system: You are a helpful assistant.
user:
Analyze the provided spectrum to determine if it is a **Carbon Star (C-type)**.

- **Key Visual Indicators of Carbon Star:**
    - **(Primary):** Strong molecular absorption from **C₂ (diatomic carbon) "Swan Bands."** This is the **defining feature** of a carbon star.
        - **(Key Bandheads):** Sharp absorption edges are visible at approximately $5635$ Å, $5165$ Å (the strongest band), and $4737$ Å.
        - **(Line Profile):** Creates a distinct **"saw-tooth"** pattern. The key morphology is a sharp, steep bandhead on the **red (long-wavelength) side**, which then gradually tapers off (i.e., flux recovers) towards the **blue (short-wavelength) side**. *(This is the direct opposite of the TiO bands seen in M-type stars)*.

    - **(Secondary):** Intense **CN (cyanogen)** molecular absorption bands.
        - **(Key Bandheads):** Located in the blue and violet regions of the spectrum (e.g., near $4215$ Å and $3883$ Å).
        - **(Morphology):** These bands are extremely broad and act as a "blanket," absorbing the vast majority of blue and violet light. This creates a characteristic **"cliff"** or **"steep drop-off"** in the spectrum's flux at short wavelengths.

    - **(Key Confirmation):** Strong **CH absorption band (G-band)**.
        - **(Key Bandhead):** Located around $4300$ Å. The contribution from CH molecules to this band is exceptionally strong.

    - **(Overall Spectrum):**
        - The continuum is severely "chopped up" by these deep molecular bands, especially C₂, rather than appearing as a smooth curve.
        - Due to the heavy CN and C₂ absorption in the blue-green, the vast majority of the star's flux is concentrated in the red part of the spectrum, giving the star its characteristic deep red color.

Think first, call **spectral_visualization_tool** if needed to examine features in detail, then provide your final answer. Your response must adhere to the following strict rules:
1.  **Overall Structure:** Your response must follow the format `<think>...</think> <tool_call>...</tool_call> (if a tool is used) <answer>...</answer>`.
2.  **Tool Usage Constraint:** You may only make **one** tool call per turn.
3.  **Final Answer Format:** In the `<answer>` tag, your conclusion must be inside a `\boxed{}` command (e.g., `\boxed{YES}`), followed by your justification.

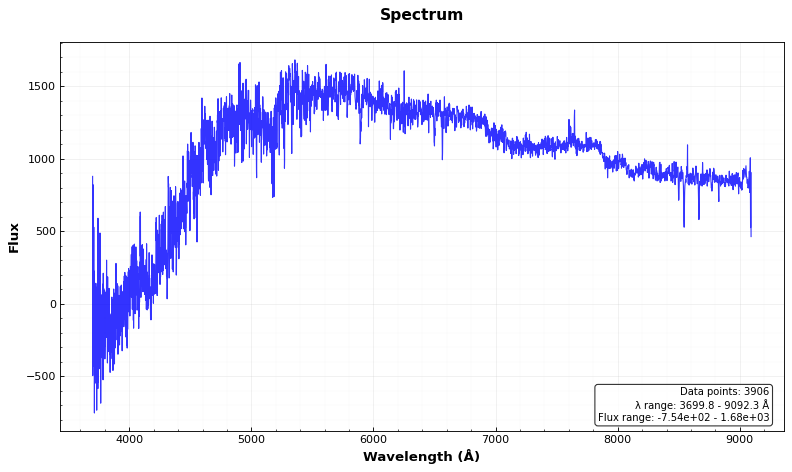
Answer: NO